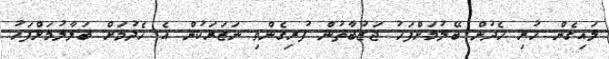
ލައިގެން ހުރި ހެދުން ބޭލުމަށްފަހު ޖަޒުބާތުން ފުރިގެންވި ނަޒަރަކުން އެ ހެދުމަށް ބަލާލުމަށްފަހު